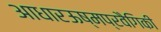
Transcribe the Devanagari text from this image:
आधारऊष्मप्रवैगिकी